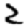
Digit: 2